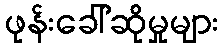
ဖုန်းခေါ်ဆိုမှုများ